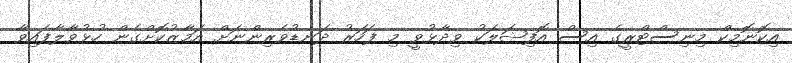
އިކޮނޮމިކް މިނިސްޓްރީގެ އިސް އޮފިޝަލަކު ވިދާޅުވީ މި ފަހަރު ދަނޑުވެރިންނަށް އަމާޒުކޮށްގެން ހުޅުވާލާފައިވާ